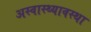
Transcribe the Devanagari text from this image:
अस्वास्थ्यावस्था